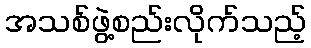
အသစ်ဖွဲ့စည်းလိုက်သည့်